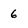
Character: 6